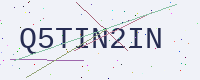
Text: Q5TIN2IN